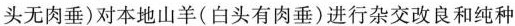
头无肉垂)对本地山羊(白头有肉垂)进行杂交改良和纯种